NAE_EAOK_eestikeelsed_sunnimeetrikad, lk 43
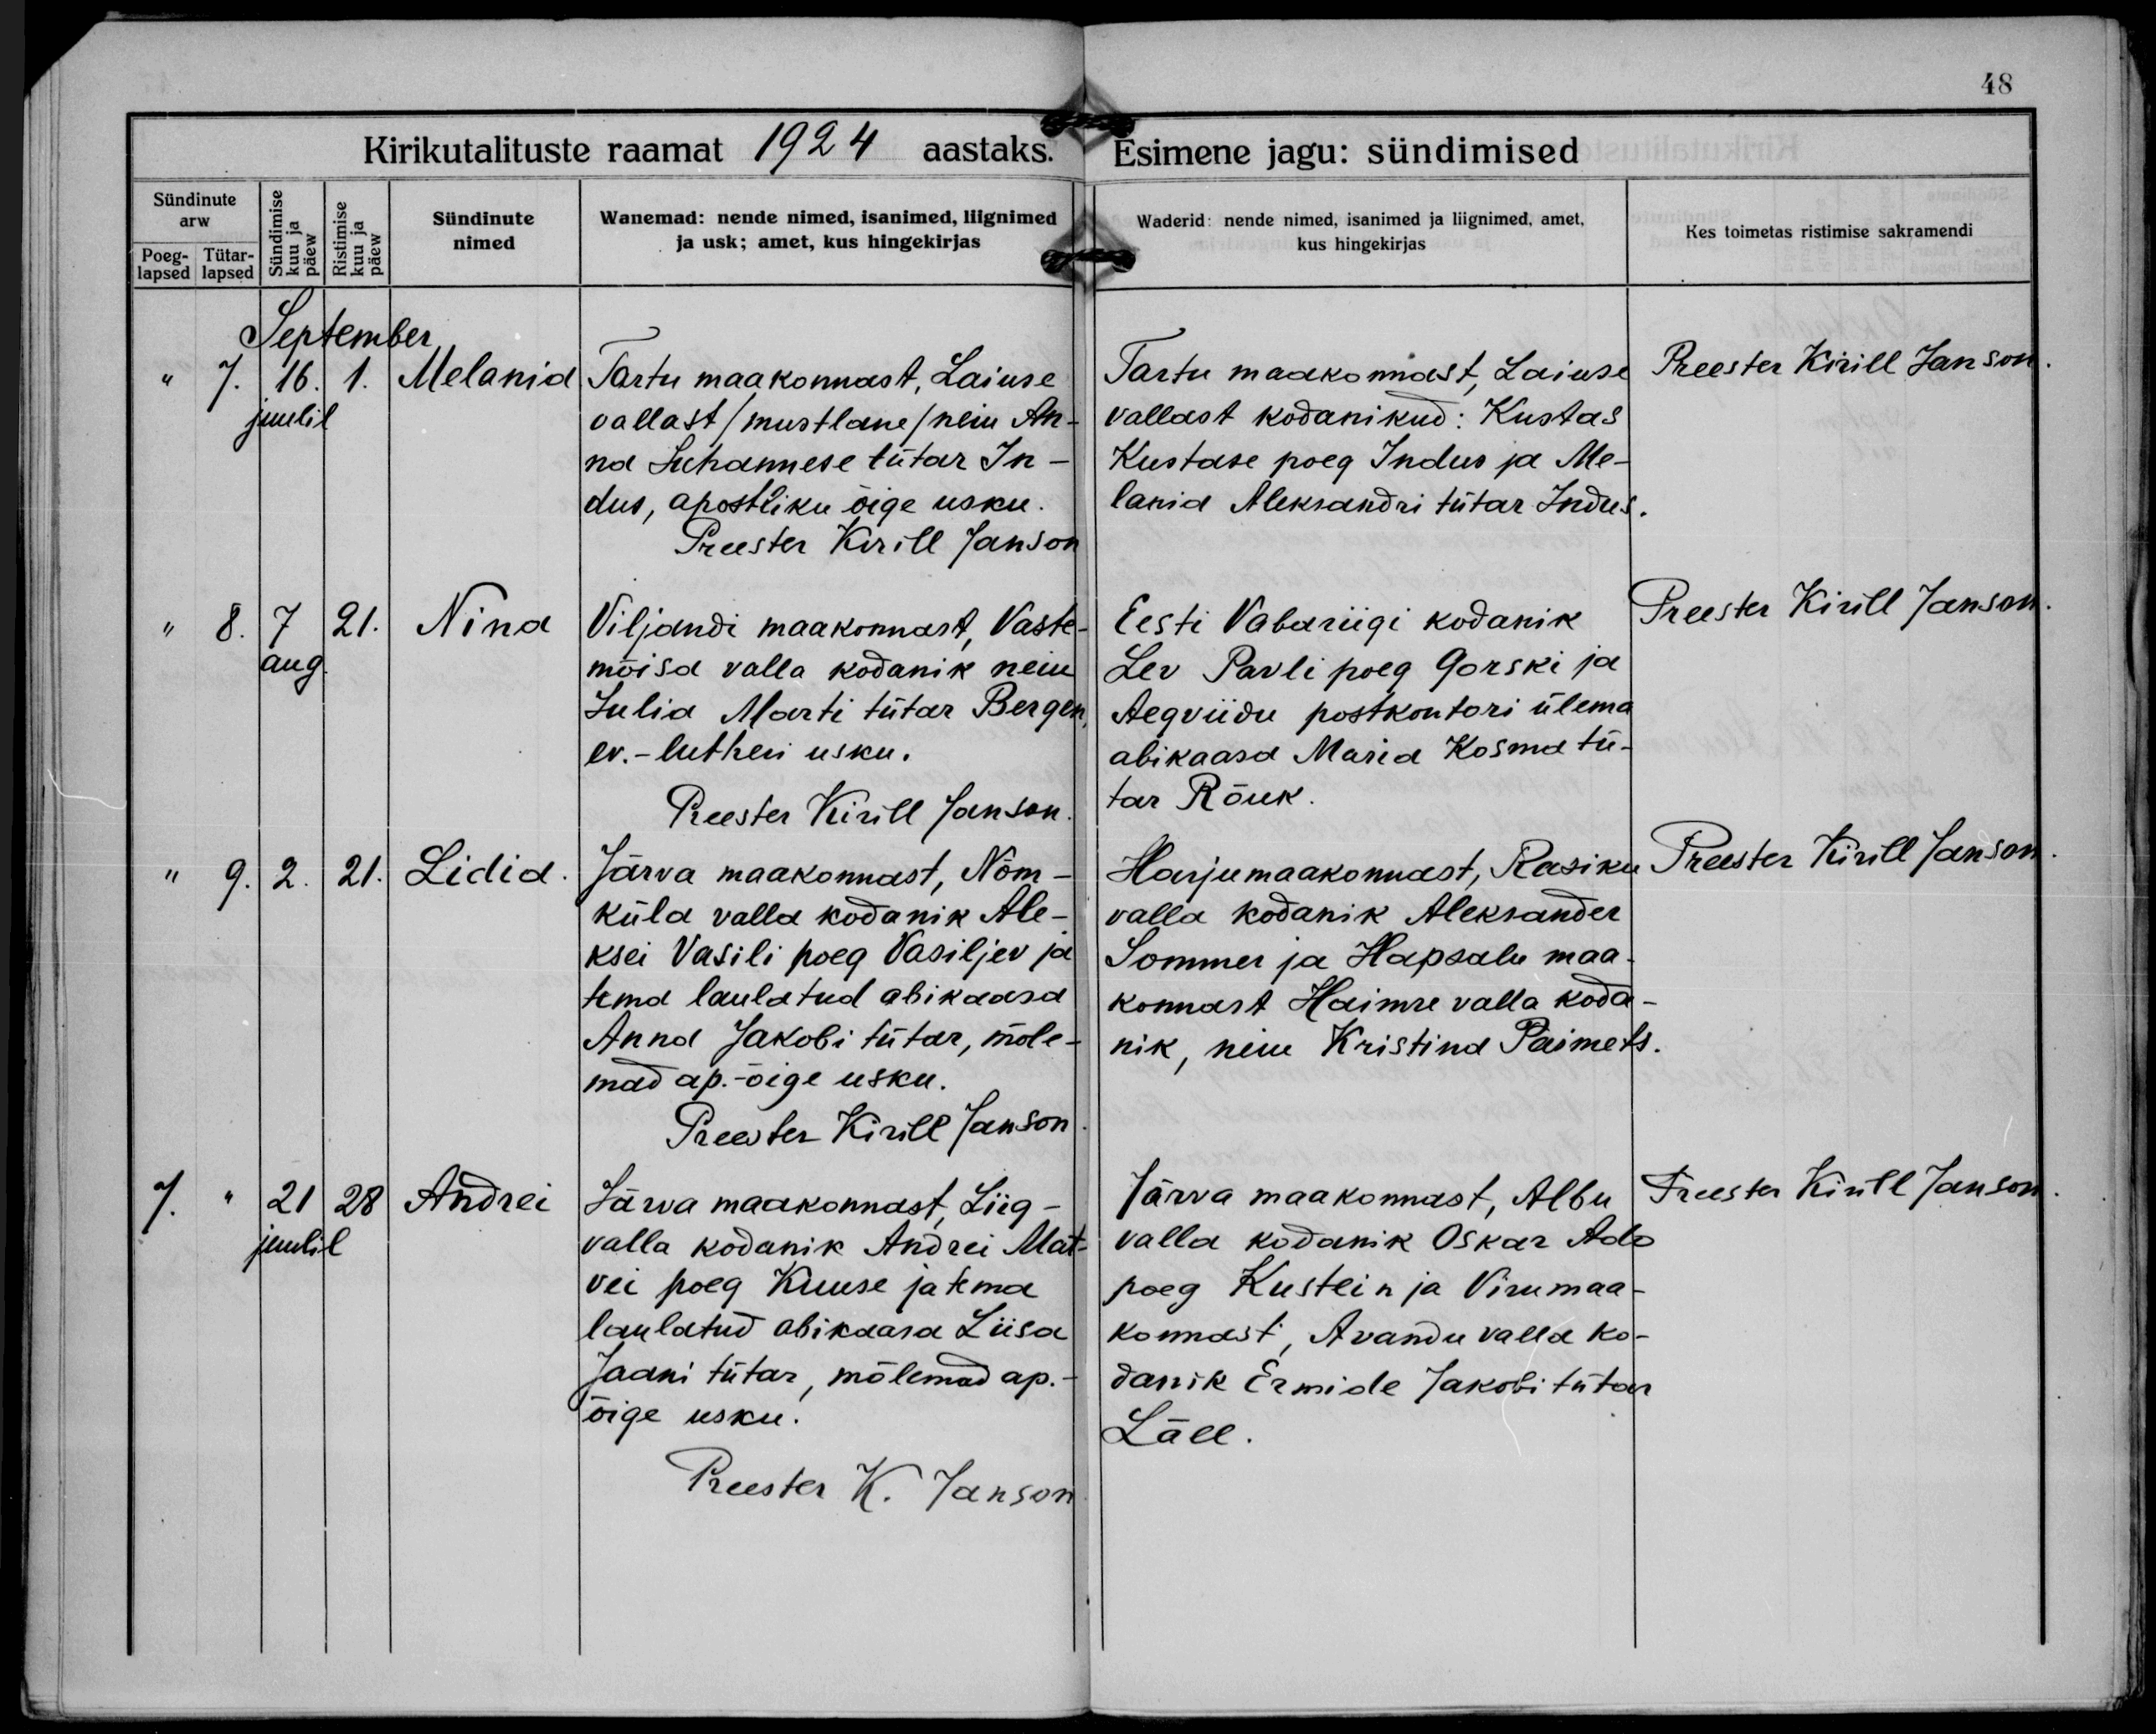
Melania

Nina

Lidia

Andrei

Tartu maakonnast, Laiuse
vallast /mustlane/ neiu An-
na Juhannese tütar In-
dus, apostliku õige usku.

Viljandi maakonnast, Vaste-
mõisa valla kodanik neiu
Julia Marti tütar Bergen,
ev.-lutheri usku.

Järva maakonnast, Nõm-
küla valla kodanik Ale-
ksei Vasili poeg Vasiljev ja
tema laulatud abikaasa 
Anna Jakobi tütar, mõle-
mad ap.-õige usku.

Järva maakonnast, Liig-
valla kodanik Andrei Mat-
vei poeg Kuuse ja tema
laulatud abikaasa Liisa
Jaani tütar, mõlemad ap.-
õige usku.